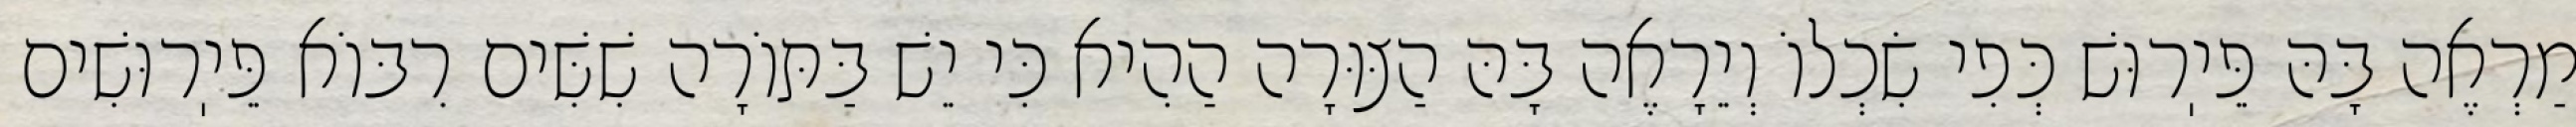
מַרְאֶה בָּהּ פֵּיֽרוּשׁ כְּפִי שִׂכְלוֹ וְיֵרָאֶה בָּהּ הַצּוּרָה הַהִיא כִּי יֵשׁ בַּתּוֹרָה שִׁשִּׁים רִבּוֹא פֵּיֽרוּשִׁים